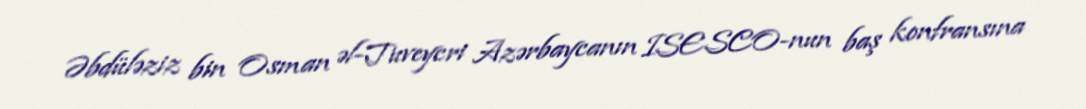
Əbdüləziz bin Osman əl-Tuveycri Azərbaycanın ISESCO-nun baş konfransına